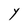
Character: Y